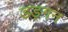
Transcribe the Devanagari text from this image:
डङ्गन